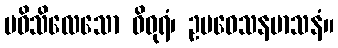
ပဝိသိလေသော ဝိဓုရံ၊ ဥပဝေသနမာသနံ။